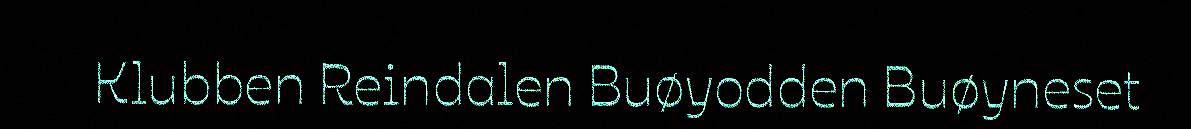
Klubben Reindalen Buøyodden Buøyneset